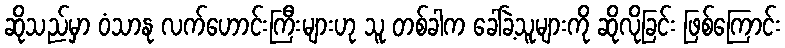
ဆိုသည်မှာ ဝံသာနု လက်ဟောင်းကြီးများဟု သူ တစ်ခါက ခေါ်ခဲ့သူများကို ဆိုလိုခြင်း ဖြစ်ကြောင်း